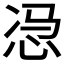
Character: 𱞎